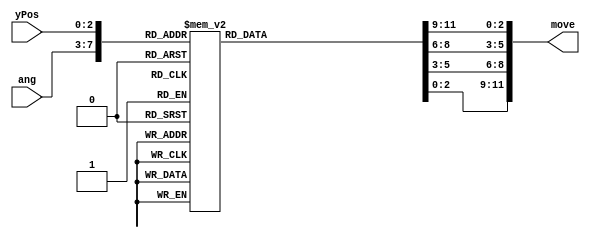
`timescale 1ns/1ps
module intra_lut1(
  ang,
  yPos,
  move
);

  input [4:0] ang;
  input [2:0] yPos;
  output reg [11:0] move;        //4 x 3

  always @(*)
  begin
   casez ({ang,yPos})
		// angle= -2
	  8'h00:  begin  move[11:9]<=0 ; move[8:6]<=0 ; move[5:3]<=0 ; move[2:0]<=0 ; end
		8'h01:  begin  move[11:9]<=0 ; move[8:6]<=0 ; move[5:3]<=0 ; move[2:0]<=0 ; end
		8'h02:  begin  move[11:9]<=0 ; move[8:6]<=0 ; move[5:3]<=0 ; move[2:0]<=0 ; end
		8'h03:  begin  move[11:9]<=0 ; move[8:6]<=0 ; move[5:3]<=0 ; move[2:0]<=0 ; end
		8'h04:  begin  move[11:9]<=0 ; move[8:6]<=0 ; move[5:3]<=0 ; move[2:0]<=0 ; end
		8'h05:  begin  move[11:9]<=0 ; move[8:6]<=0 ; move[5:3]<=0 ; move[2:0]<=0 ; end
		8'h06:  begin  move[11:9]<=0 ; move[8:6]<=0 ; move[5:3]<=0 ; move[2:0]<=0 ; end
		8'h07:  begin  move[11:9]<=0 ; move[8:6]<=0 ; move[5:3]<=0 ; move[2:0]<=0 ; end
		// angle= -5
		8'h08:  begin  move[11:9]<=0 ; move[8:6]<=0 ; move[5:3]<=0 ; move[2:0]<=0 ; end
		8'h09:  begin  move[11:9]<=1 ; move[8:6]<=1 ; move[5:3]<=0 ; move[2:0]<=0 ; end
		8'h0a:  begin  move[11:9]<=0 ; move[8:6]<=0 ; move[5:3]<=0 ; move[2:0]<=0 ; end
		8'h0b:  begin  move[11:9]<=0 ; move[8:6]<=0 ; move[5:3]<=0 ; move[2:0]<=0 ; end
		8'h0c:  begin  move[11:9]<=1 ; move[8:6]<=1 ; move[5:3]<=1 ; move[2:0]<=0 ; end
		8'h0d:  begin  move[11:9]<=0 ; move[8:6]<=0 ; move[5:3]<=0 ; move[2:0]<=0 ; end
		8'h0e:  begin  move[11:9]<=1 ; move[8:6]<=0 ; move[5:3]<=0 ; move[2:0]<=0 ; end
		8'h0f:  begin  move[11:9]<=0 ; move[8:6]<=0 ; move[5:3]<=0 ; move[2:0]<=0 ; end
		// angle= -9
		8'h10:  begin  move[11:9]<=1 ; move[8:6]<=1 ; move[5:3]<=1 ; move[2:0]<=0 ; end
		8'h11:  begin  move[11:9]<=1 ; move[8:6]<=1 ; move[5:3]<=1 ; move[2:0]<=0 ; end
		8'h12:  begin  move[11:9]<=1 ; move[8:6]<=1 ; move[5:3]<=0 ; move[2:0]<=0 ; end
		8'h13:  begin  move[11:9]<=1 ; move[8:6]<=1 ; move[5:3]<=0 ; move[2:0]<=0 ; end
		8'h14:  begin  move[11:9]<=1 ; move[8:6]<=0 ; move[5:3]<=0 ; move[2:0]<=0 ; end
		8'h15:  begin  move[11:9]<=1 ; move[8:6]<=0 ; move[5:3]<=0 ; move[2:0]<=0 ; end
		8'h16:  begin  move[11:9]<=0 ; move[8:6]<=0 ; move[5:3]<=0 ; move[2:0]<=0 ; end
		8'h17:  begin  move[11:9]<=0 ; move[8:6]<=0 ; move[5:3]<=0 ; move[2:0]<=0 ; end
		// angle= -13
		8'h18:  begin  move[11:9]<=1 ; move[8:6]<=1 ; move[5:3]<=0 ; move[2:0]<=0 ; end
		8'h19:  begin  move[11:9]<=1 ; move[8:6]<=1 ; move[5:3]<=1 ; move[2:0]<=0 ; end
		8'h1a:  begin  move[11:9]<=1 ; move[8:6]<=0 ; move[5:3]<=0 ; move[2:0]<=0 ; end
		8'h1b:  begin  move[11:9]<=1 ; move[8:6]<=1 ; move[5:3]<=0 ; move[2:0]<=0 ; end
		8'h1c:  begin  move[11:9]<=2 ; move[8:6]<=1 ; move[5:3]<=1 ; move[2:0]<=0 ; end
		8'h1d:  begin  move[11:9]<=1 ; move[8:6]<=1 ; move[5:3]<=0 ; move[2:0]<=0 ; end
		8'h1e:  begin  move[11:9]<=1 ; move[8:6]<=1 ; move[5:3]<=1 ; move[2:0]<=0 ; end
		8'h1f:  begin  move[11:9]<=1 ; move[8:6]<=0 ; move[5:3]<=0 ; move[2:0]<=0 ; end
		// angle= -17
		8'h20:  begin  move[11:9]<=2 ; move[8:6]<=1 ; move[5:3]<=1 ; move[2:0]<=0 ; end
		8'h21:  begin  move[11:9]<=2 ; move[8:6]<=1 ; move[5:3]<=1 ; move[2:0]<=0 ; end
		8'h22:  begin  move[11:9]<=2 ; move[8:6]<=1 ; move[5:3]<=1 ; move[2:0]<=0 ; end
		8'h23:  begin  move[11:9]<=2 ; move[8:6]<=1 ; move[5:3]<=1 ; move[2:0]<=0 ; end
		8'h24:  begin  move[11:9]<=1 ; move[8:6]<=1 ; move[5:3]<=0 ; move[2:0]<=0 ; end
		8'h25:  begin  move[11:9]<=1 ; move[8:6]<=1 ; move[5:3]<=0 ; move[2:0]<=0 ; end
		8'h26:  begin  move[11:9]<=1 ; move[8:6]<=1 ; move[5:3]<=0 ; move[2:0]<=0 ; end
		8'h27:  begin  move[11:9]<=1 ; move[8:6]<=1 ; move[5:3]<=0 ; move[2:0]<=0 ; end
		// angle= -21
		8'h28:  begin  move[11:9]<=2 ; move[8:6]<=1 ; move[5:3]<=1 ; move[2:0]<=0 ; end
		8'h29:  begin  move[11:9]<=2 ; move[8:6]<=2 ; move[5:3]<=1 ; move[2:0]<=0 ; end
		8'h2a:  begin  move[11:9]<=2 ; move[8:6]<=1 ; move[5:3]<=0 ; move[2:0]<=0 ; end
		8'h2b:  begin  move[11:9]<=2 ; move[8:6]<=1 ; move[5:3]<=1 ; move[2:0]<=0 ; end
		8'h2c:  begin  move[11:9]<=2 ; move[8:6]<=2 ; move[5:3]<=1 ; move[2:0]<=0 ; end
		8'h2d:  begin  move[11:9]<=2 ; move[8:6]<=1 ; move[5:3]<=0 ; move[2:0]<=0 ; end
		8'h2e:  begin  move[11:9]<=2 ; move[8:6]<=1 ; move[5:3]<=1 ; move[2:0]<=0 ; end
		8'h2f:  begin  move[11:9]<=1 ; move[8:6]<=1 ; move[5:3]<=0 ; move[2:0]<=0 ; end
		// angle= -26
		8'h30:  begin  move[11:9]<=3 ; move[8:6]<=2 ; move[5:3]<=1 ; move[2:0]<=0 ; end
		8'h31:  begin  move[11:9]<=2 ; move[8:6]<=2 ; move[5:3]<=1 ; move[2:0]<=0 ; end
		8'h32:  begin  move[11:9]<=2 ; move[8:6]<=1 ; move[5:3]<=1 ; move[2:0]<=0 ; end
		8'h33:  begin  move[11:9]<=2 ; move[8:6]<=1 ; move[5:3]<=0 ; move[2:0]<=0 ; end
		8'h34:  begin  move[11:9]<=3 ; move[8:6]<=2 ; move[5:3]<=1 ; move[2:0]<=0 ; end
		8'h35:  begin  move[11:9]<=2 ; move[8:6]<=2 ; move[5:3]<=1 ; move[2:0]<=0 ; end
		8'h36:  begin  move[11:9]<=2 ; move[8:6]<=1 ; move[5:3]<=1 ; move[2:0]<=0 ; end
		8'h37:  begin  move[11:9]<=2 ; move[8:6]<=1 ; move[5:3]<=0 ; move[2:0]<=0 ; end
		// angle= -32
		8'h38:  begin  move[11:9]<=3 ; move[8:6]<=2 ; move[5:3]<=1 ; move[2:0]<=0 ; end
		8'h39:  begin  move[11:9]<=3 ; move[8:6]<=2 ; move[5:3]<=1 ; move[2:0]<=0 ; end
		8'h3a:  begin  move[11:9]<=3 ; move[8:6]<=2 ; move[5:3]<=1 ; move[2:0]<=0 ; end
		8'h3b:  begin  move[11:9]<=3 ; move[8:6]<=2 ; move[5:3]<=1 ; move[2:0]<=0 ; end
		8'h3c:  begin  move[11:9]<=3 ; move[8:6]<=2 ; move[5:3]<=1 ; move[2:0]<=0 ; end
		8'h3d:  begin  move[11:9]<=3 ; move[8:6]<=2 ; move[5:3]<=1 ; move[2:0]<=0 ; end
		8'h3e:  begin  move[11:9]<=3 ; move[8:6]<=2 ; move[5:3]<=1 ; move[2:0]<=0 ; end
		8'h3f:  begin  move[11:9]<=3 ; move[8:6]<=2 ; move[5:3]<=1 ; move[2:0]<=0 ; end
		// angle= 0
		8'h40:  begin  move[11:9]<=0 ; move[8:6]<=0 ; move[5:3]<=0 ; move[2:0]<=0 ; end
		8'h41:  begin  move[11:9]<=0 ; move[8:6]<=0 ; move[5:3]<=0 ; move[2:0]<=0 ; end
		8'h42:  begin  move[11:9]<=0 ; move[8:6]<=0 ; move[5:3]<=0 ; move[2:0]<=0 ; end
		8'h43:  begin  move[11:9]<=0 ; move[8:6]<=0 ; move[5:3]<=0 ; move[2:0]<=0 ; end
		8'h44:  begin  move[11:9]<=0 ; move[8:6]<=0 ; move[5:3]<=0 ; move[2:0]<=0 ; end
		8'h45:  begin  move[11:9]<=0 ; move[8:6]<=0 ; move[5:3]<=0 ; move[2:0]<=0 ; end
		8'h46:  begin  move[11:9]<=0 ; move[8:6]<=0 ; move[5:3]<=0 ; move[2:0]<=0 ; end
		8'h47:  begin  move[11:9]<=0 ; move[8:6]<=0 ; move[5:3]<=0 ; move[2:0]<=0 ; end
		// angle= 2
		8'h48:  begin  move[11:9]<=0 ; move[8:6]<=0 ; move[5:3]<=0 ; move[2:0]<=0 ; end
		8'h49:  begin  move[11:9]<=0 ; move[8:6]<=0 ; move[5:3]<=0 ; move[2:0]<=0 ; end
		8'h4a:  begin  move[11:9]<=0 ; move[8:6]<=0 ; move[5:3]<=0 ; move[2:0]<=0 ; end
		8'h4b:  begin  move[11:9]<=0 ; move[8:6]<=0 ; move[5:3]<=0 ; move[2:0]<=1 ; end
		8'h4c:  begin  move[11:9]<=0 ; move[8:6]<=0 ; move[5:3]<=0 ; move[2:0]<=0 ; end
		8'h4d:  begin  move[11:9]<=0 ; move[8:6]<=0 ; move[5:3]<=0 ; move[2:0]<=0 ; end
		8'h4e:  begin  move[11:9]<=0 ; move[8:6]<=0 ; move[5:3]<=0 ; move[2:0]<=0 ; end
		8'h4f:  begin  move[11:9]<=0 ; move[8:6]<=0 ; move[5:3]<=0 ; move[2:0]<=1 ; end
		// angle= 5
		8'h50:  begin  move[11:9]<=0 ; move[8:6]<=0 ; move[5:3]<=0 ; move[2:0]<=0 ; end
		8'h51:  begin  move[11:9]<=0 ; move[8:6]<=0 ; move[5:3]<=1 ; move[2:0]<=1 ; end
		8'h52:  begin  move[11:9]<=0 ; move[8:6]<=0 ; move[5:3]<=0 ; move[2:0]<=0 ; end
		8'h53:  begin  move[11:9]<=0 ; move[8:6]<=0 ; move[5:3]<=0 ; move[2:0]<=0 ; end
		8'h54:  begin  move[11:9]<=0 ; move[8:6]<=0 ; move[5:3]<=0 ; move[2:0]<=1 ; end
		8'h55:  begin  move[11:9]<=0 ; move[8:6]<=0 ; move[5:3]<=0 ; move[2:0]<=0 ; end
		8'h56:  begin  move[11:9]<=0 ; move[8:6]<=1 ; move[5:3]<=1 ; move[2:0]<=1 ; end
		8'h57:  begin  move[11:9]<=0 ; move[8:6]<=0 ; move[5:3]<=0 ; move[2:0]<=1 ; end
		// angle= 9
		8'h58:  begin  move[11:9]<=0 ; move[8:6]<=0 ; move[5:3]<=0 ; move[2:0]<=1 ; end
		8'h59:  begin  move[11:9]<=0 ; move[8:6]<=0 ; move[5:3]<=0 ; move[2:0]<=1 ; end
		8'h5a:  begin  move[11:9]<=0 ; move[8:6]<=0 ; move[5:3]<=1 ; move[2:0]<=1 ; end
		8'h5b:  begin  move[11:9]<=0 ; move[8:6]<=0 ; move[5:3]<=1 ; move[2:0]<=1 ; end
		8'h5c:  begin  move[11:9]<=0 ; move[8:6]<=1 ; move[5:3]<=1 ; move[2:0]<=1 ; end
		8'h5d:  begin  move[11:9]<=0 ; move[8:6]<=1 ; move[5:3]<=1 ; move[2:0]<=1 ; end
		8'h5e:  begin  move[11:9]<=0 ; move[8:6]<=0 ; move[5:3]<=0 ; move[2:0]<=0 ; end
		8'h5f:  begin  move[11:9]<=0 ; move[8:6]<=0 ; move[5:3]<=0 ; move[2:0]<=1 ; end
		// angle= 13
		8'h60:  begin  move[11:9]<=0 ; move[8:6]<=0 ; move[5:3]<=1 ; move[2:0]<=1 ; end
		8'h61:  begin  move[11:9]<=0 ; move[8:6]<=0 ; move[5:3]<=0 ; move[2:0]<=1 ; end
		8'h62:  begin  move[11:9]<=0 ; move[8:6]<=1 ; move[5:3]<=1 ; move[2:0]<=1 ; end
		8'h63:  begin  move[11:9]<=0 ; move[8:6]<=0 ; move[5:3]<=1 ; move[2:0]<=1 ; end
		8'h64:  begin  move[11:9]<=0 ; move[8:6]<=1 ; move[5:3]<=1 ; move[2:0]<=2 ; end
		8'h65:  begin  move[11:9]<=0 ; move[8:6]<=0 ; move[5:3]<=1 ; move[2:0]<=1 ; end
		8'h66:  begin  move[11:9]<=0 ; move[8:6]<=0 ; move[5:3]<=0 ; move[2:0]<=1 ; end
		8'h67:  begin  move[11:9]<=0 ; move[8:6]<=1 ; move[5:3]<=1 ; move[2:0]<=2 ; end
		// angle= 17
		8'h68:  begin  move[11:9]<=0 ; move[8:6]<=1 ; move[5:3]<=1 ; move[2:0]<=2 ; end
		8'h69:  begin  move[11:9]<=0 ; move[8:6]<=1 ; move[5:3]<=1 ; move[2:0]<=2 ; end
		8'h6a:  begin  move[11:9]<=0 ; move[8:6]<=1 ; move[5:3]<=1 ; move[2:0]<=2 ; end
		8'h6b:  begin  move[11:9]<=0 ; move[8:6]<=1 ; move[5:3]<=1 ; move[2:0]<=2 ; end
		8'h6c:  begin  move[11:9]<=0 ; move[8:6]<=0 ; move[5:3]<=1 ; move[2:0]<=1 ; end
		8'h6d:  begin  move[11:9]<=0 ; move[8:6]<=0 ; move[5:3]<=1 ; move[2:0]<=1 ; end
		8'h6e:  begin  move[11:9]<=0 ; move[8:6]<=0 ; move[5:3]<=1 ; move[2:0]<=1 ; end
		8'h6f:  begin  move[11:9]<=0 ; move[8:6]<=0 ; move[5:3]<=1 ; move[2:0]<=2 ; end
		// angle= 21
		8'h70:  begin  move[11:9]<=0 ; move[8:6]<=1 ; move[5:3]<=1 ; move[2:0]<=2 ; end
		8'h71:  begin  move[11:9]<=0 ; move[8:6]<=0 ; move[5:3]<=1 ; move[2:0]<=2 ; end
		8'h72:  begin  move[11:9]<=0 ; move[8:6]<=1 ; move[5:3]<=2 ; move[2:0]<=2 ; end
		8'h73:  begin  move[11:9]<=0 ; move[8:6]<=1 ; move[5:3]<=1 ; move[2:0]<=2 ; end
		8'h74:  begin  move[11:9]<=0 ; move[8:6]<=0 ; move[5:3]<=1 ; move[2:0]<=2 ; end
		8'h75:  begin  move[11:9]<=0 ; move[8:6]<=1 ; move[5:3]<=2 ; move[2:0]<=2 ; end
		8'h76:  begin  move[11:9]<=0 ; move[8:6]<=1 ; move[5:3]<=1 ; move[2:0]<=2 ; end
		8'h77:  begin  move[11:9]<=0 ; move[8:6]<=0 ; move[5:3]<=1 ; move[2:0]<=2 ; end
		// angle= 26
		8'h78:  begin  move[11:9]<=0 ; move[8:6]<=1 ; move[5:3]<=2 ; move[2:0]<=3 ; end
		8'h79:  begin  move[11:9]<=0 ; move[8:6]<=0 ; move[5:3]<=1 ; move[2:0]<=2 ; end
		8'h7a:  begin  move[11:9]<=0 ; move[8:6]<=1 ; move[5:3]<=1 ; move[2:0]<=2 ; end
		8'h7b:  begin  move[11:9]<=0 ; move[8:6]<=1 ; move[5:3]<=2 ; move[2:0]<=3 ; end
		8'h7c:  begin  move[11:9]<=0 ; move[8:6]<=1 ; move[5:3]<=2 ; move[2:0]<=3 ; end
		8'h7d:  begin  move[11:9]<=0 ; move[8:6]<=0 ; move[5:3]<=1 ; move[2:0]<=2 ; end
		8'h7e:  begin  move[11:9]<=0 ; move[8:6]<=1 ; move[5:3]<=1 ; move[2:0]<=2 ; end
		8'h7f:  begin  move[11:9]<=0 ; move[8:6]<=1 ; move[5:3]<=2 ; move[2:0]<=3 ; end
		// angle= 32
		8'h80:  begin  move[11:9]<=0 ; move[8:6]<=1 ; move[5:3]<=2 ; move[2:0]<=3 ; end
		8'h81:  begin  move[11:9]<=0 ; move[8:6]<=1 ; move[5:3]<=2 ; move[2:0]<=3 ; end
		8'h82:  begin  move[11:9]<=0 ; move[8:6]<=1 ; move[5:3]<=2 ; move[2:0]<=3 ; end
		8'h83:  begin  move[11:9]<=0 ; move[8:6]<=1 ; move[5:3]<=2 ; move[2:0]<=3 ; end
		8'h84:  begin  move[11:9]<=0 ; move[8:6]<=1 ; move[5:3]<=2 ; move[2:0]<=3 ; end
		8'h85:  begin  move[11:9]<=0 ; move[8:6]<=1 ; move[5:3]<=2 ; move[2:0]<=3 ; end
		8'h86:  begin  move[11:9]<=0 ; move[8:6]<=1 ; move[5:3]<=2 ; move[2:0]<=3 ; end
		8'h87:  begin  move[11:9]<=0 ; move[8:6]<=1 ; move[5:3]<=2 ; move[2:0]<=3 ; end

		 default: begin  move <= 0; end 
    endcase
  end
endmodule